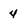
Character: 4